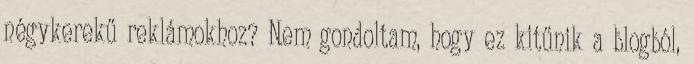
négykerekű reklámokhoz? Nem gondoltam, hogy ez kitűnik a blogból,